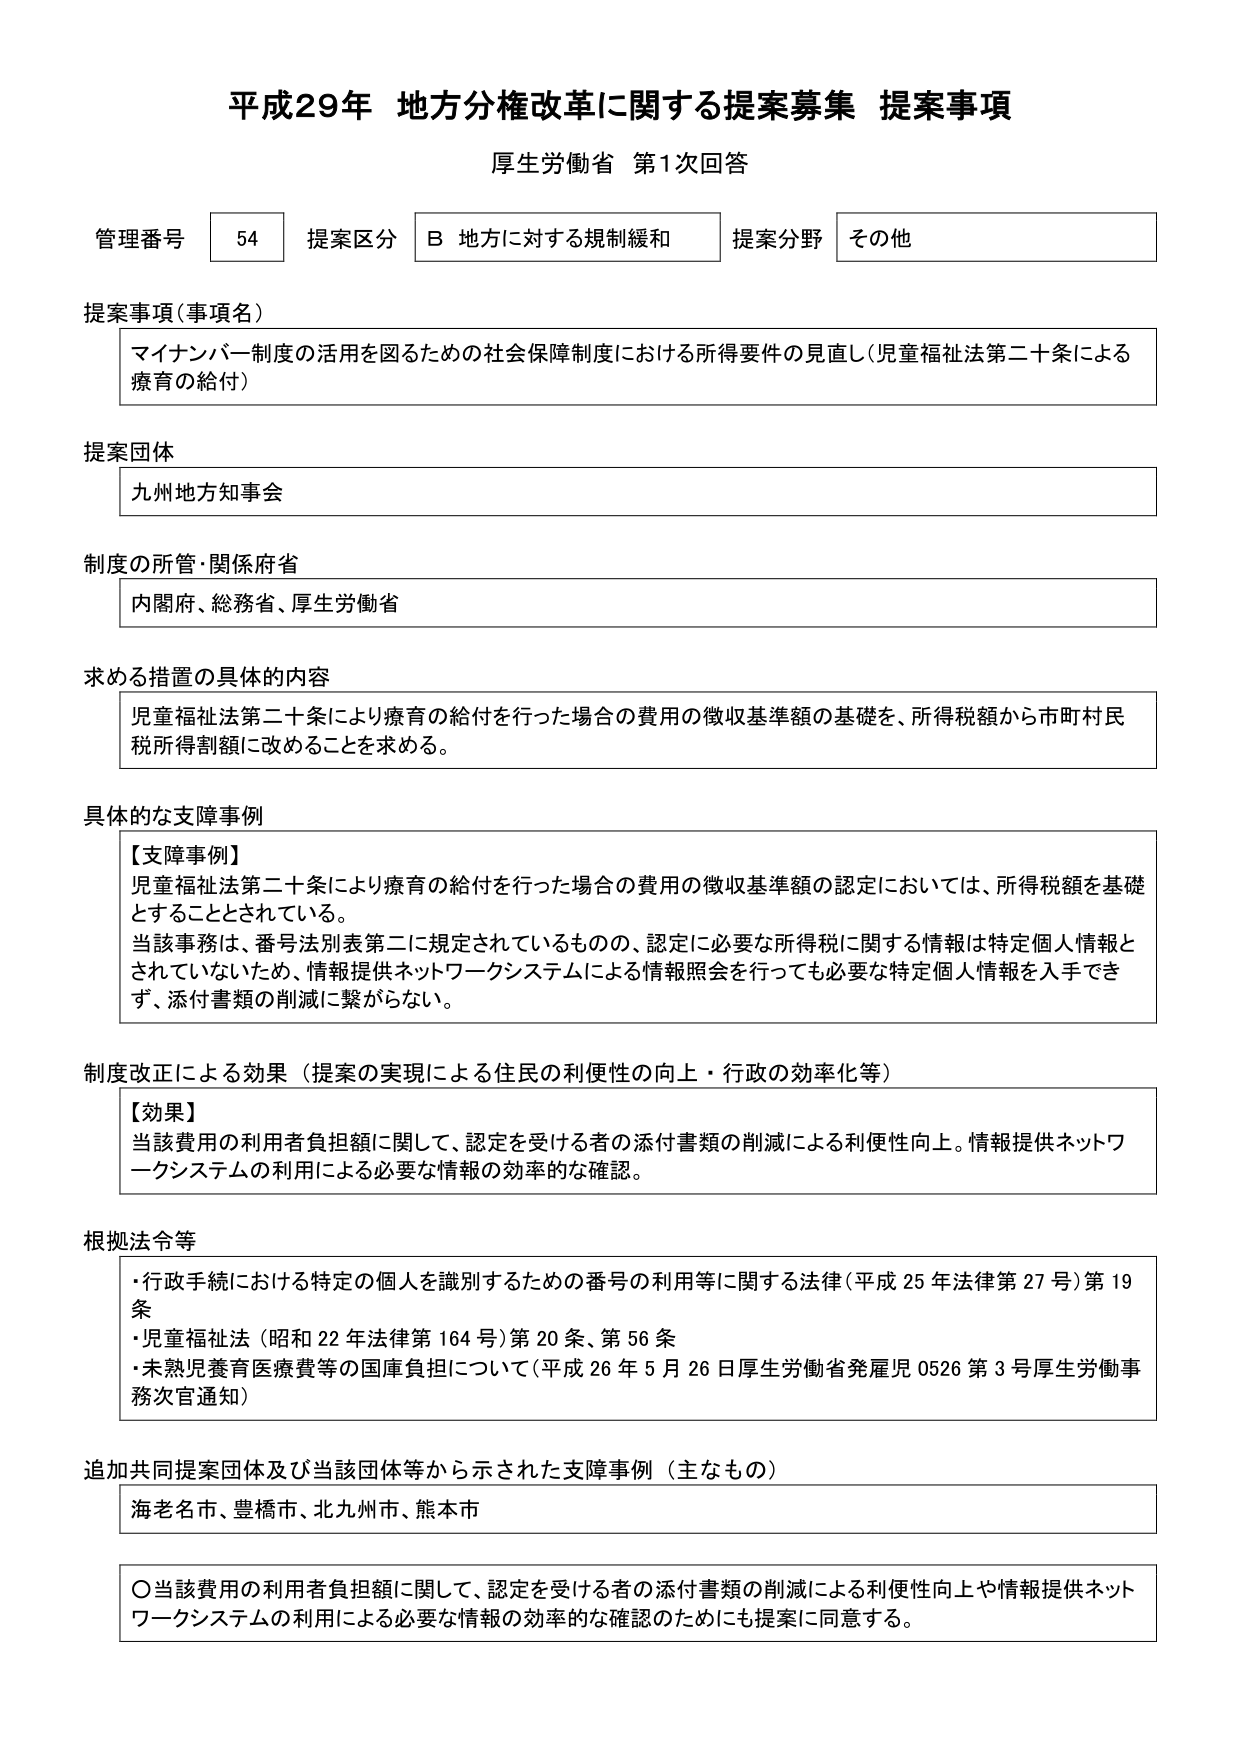
平成29年 地方分権改革に関する提案募集 提案事項
厚生労働省 第1次回答

管理番号 54 提案区分 B 地方に対する規制緩和 提案分野 その他

提案事項（事項名）
マイナンバー制度の活用を図るための社会保障制度における所得要件の見直し（児童福祉法第二十条による療育の給付）

提案団体
九州地方知事会

制度の所管・関係府省
内閣府、総務省、厚生労働省

求める措置の具体的内容
児童福祉法第二十条により療育の給付を行った場合の費用の徴収基準額の基礎を、所得税額から市町村民税所得割額に改めることを求める。

具体的な支障事例
【支障事例】
児童福祉法第二十条により療育の給付を行った場合の費用の徴収基準額の認定においては、所得税額を基礎とすることとされている。
当該事務は、番号法別表第二に規定されているものの、認定に必要な所得税に関する情報は特定個人情報とされていないため、情報提供ネットワークシステムによる情報照会を行っても必要な特定個人情報を入手できず、添付書類の削減に繋がらない。

制度改正による効果（提案の実現による住民の利便性の向上・行政の効率化等）
【効果】
当該費用の利用者負担額に関して、認定を受ける者の添付書類の削減による利便性向上。情報提供ネットワークシステムの利用による必要な情報の効率的な確認。

根拠法令等
・行政手続における特定の個人を識別するための番号の利用等に関する法律（平成25年法律第27号）第19条
・児童福祉法（昭和22年法律第164号）第20条、第56条
・未熟児養育医療費等の国庫負担について（平成26年5月26日厚生労働省発雇児0526第3号厚生労働事務次官通知）

追加共同提案団体及び当該団体等から示された支障事例（主なもの）
海老名市、豊橋市、北九州市、熊本市

〇当該費用の利用者負担額に関して、認定を受ける者の添付書類の削減による利便性向上や情報提供ネットワークシステムの利用による必要な情報の効率的な確認のためにも提案に同意する。